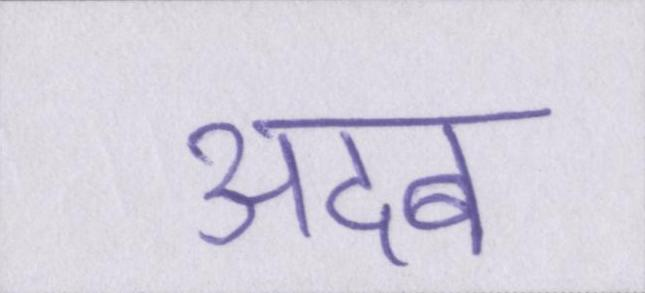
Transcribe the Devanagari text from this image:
अदब